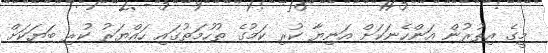
މީގެ އިތުރުން އަންހެނަކަށް އަނިޔާ ކުރި ކަމުގެ ތުހުމަތުގައި ހައްޔަރު ކުރި ބަޔަކަށް